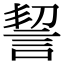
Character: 䛚